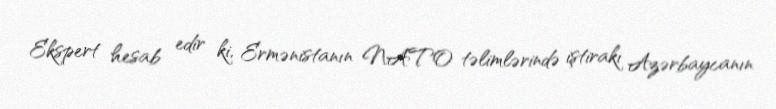
Ekspert hesab edir ki, Ermənistanın NATO təlimlərində iştirakı Azərbaycanın